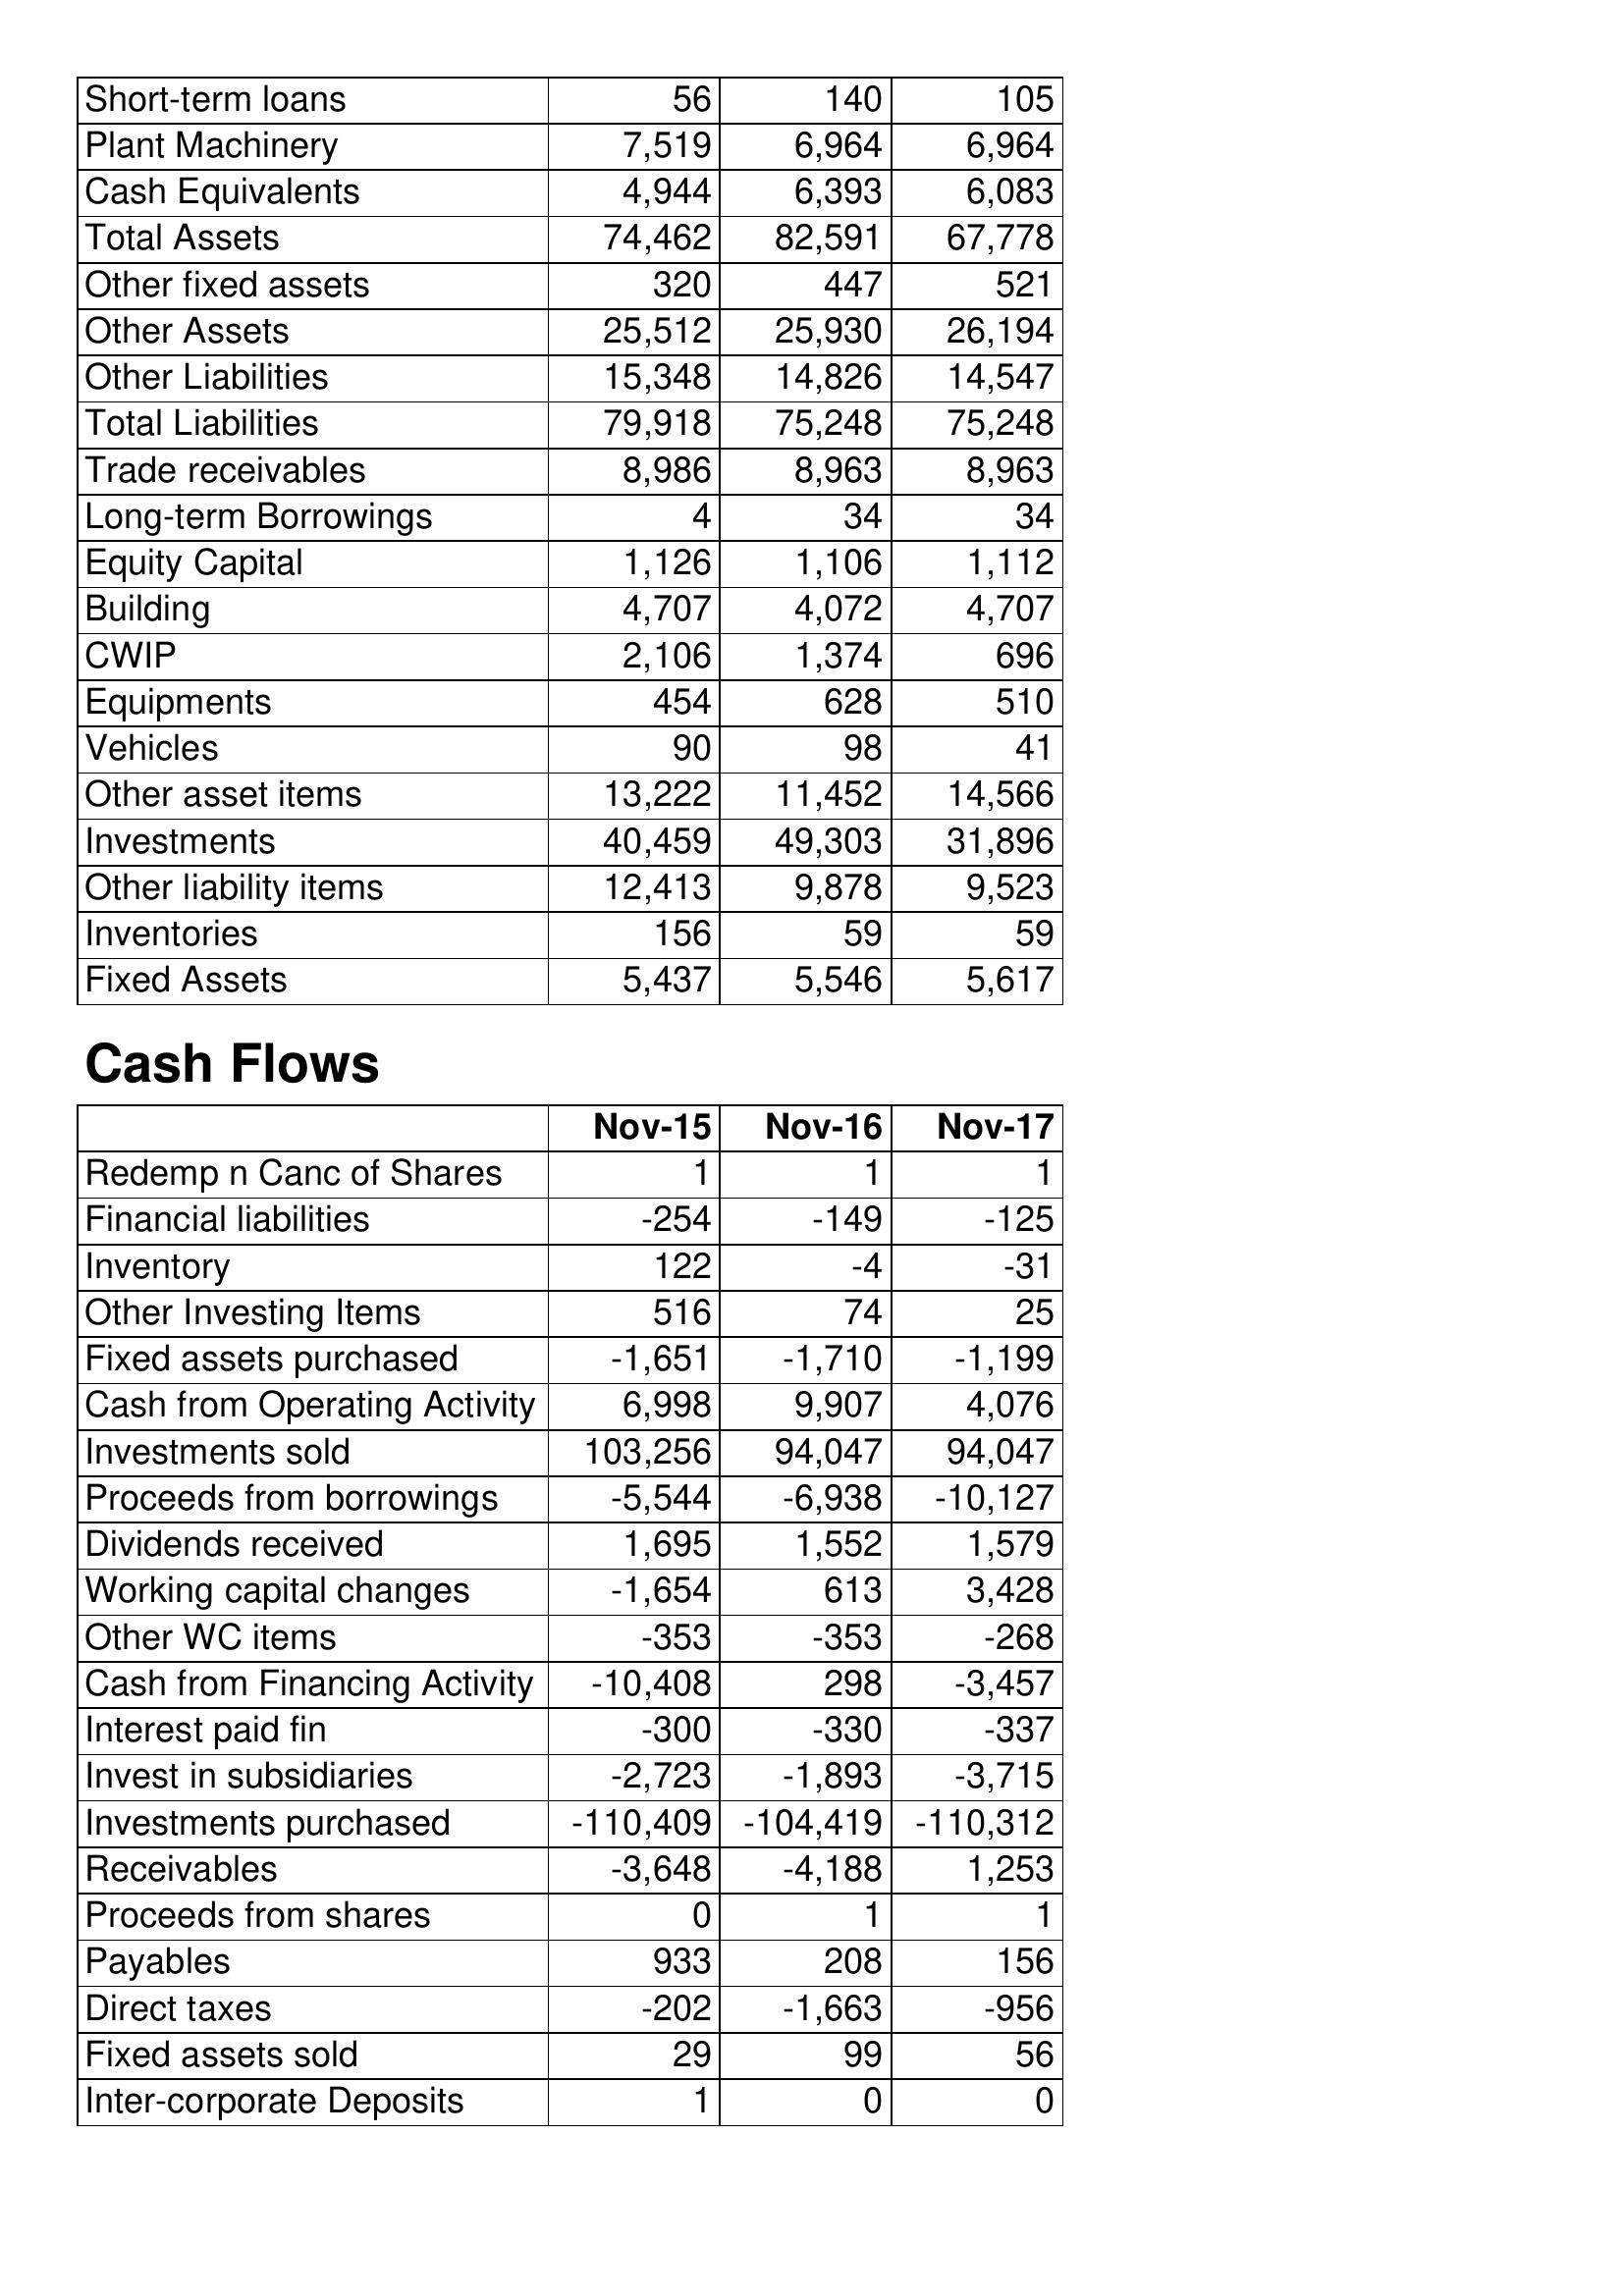
Nov-15: Balance Sheet: Short-term loans: 56
Plant Machinery: 7,519
Cash Equivalents: 4,944
Total Assets: 74,462
Other fixed assets: 320
Other Assets: 25,512
Other Liabilities: 15,348
Total Liabilities: 79,918
Trade receivables: 8,986
Long-term Borrowings: 4
Equity Capital: 1,126
Building: 4,707
CWIP: 2,106
Equipments: 454
Vehicles: 90
Other asset items: 13,222
Investments: 40,459
Other liability items: 12,413
Inventories: 156
Fixed Assets: 5,437
Cash Flows: Redemp n Canc of Shares: 1
Financial liabilities: -254
Inventory: 122
Other Investing Items: 516
Fixed assets purchased: -1,651
Cash from Operating Activity: 6,998
Investments sold: 103,256
Proceeds from borrowings: -5,544
Dividends received: 1,695
Working capital changes: -1,654
Other WC items: -353
Cash from Financing Activity: -10,408
Interest paid fin: -300
Invest in subsidiaries: -2,723
Investments purchased: -110,409
Receivables: -3,648
Proceeds from shares: 0
Payables: 933
Direct taxes: -202
Fixed assets sold: 29
Inter-corporate Deposits: 1
Nov-16: Balance Sheet: Short-term loans: 140
Plant Machinery: 6,964
Cash Equivalents: 6,393
Total Assets: 82,591
Other fixed assets: 447
Other Assets: 25,930
Other Liabilities: 14,826
Total Liabilities: 75,248
Trade receivables: 8,963
Long-term Borrowings: 34
Equity Capital: 1,106
Building: 4,072
CWIP: 1,374
Equipments: 628
Vehicles: 98
Other asset items: 11,452
Investments: 49,303
Other liability items: 9,878
Inventories: 59
Fixed Assets: 5,546
Cash Flows: Redemp n Canc of Shares: 1
Financial liabilities: -149
Inventory: -4
Other Investing Items: 74
Fixed assets purchased: -1,710
Cash from Operating Activity: 9,907
Investments sold: 94,047
Proceeds from borrowings: -6,938
Dividends received: 1,552
Working capital changes: 613
Other WC items: -353
Cash from Financing Activity: 298
Interest paid fin: -330
Invest in subsidiaries: -1,893
Investments purchased: -104,419
Receivables: -4,188
Proceeds from shares: 1
Payables: 208
Direct taxes: -1,663
Fixed assets sold: 99
Inter-corporate Deposits: 0
Nov-17: Balance Sheet: Short-term loans: 105
Plant Machinery: 6,964
Cash Equivalents: 6,083
Total Assets: 67,778
Other fixed assets: 521
Other Assets: 26,194
Other Liabilities: 14,547
Total Liabilities: 75,248
Trade receivables: 8,963
Long-term Borrowings: 34
Equity Capital: 1,112
Building: 4,707
CWIP: 696
Equipments: 510
Vehicles: 41
Other asset items: 14,566
Investments: 31,896
Other liability items: 9,523
Inventories: 59
Fixed Assets: 5,617
Cash Flows: Redemp n Canc of Shares: 1
Financial liabilities: -125
Inventory: -31
Other Investing Items: 25
Fixed assets purchased: -1,199
Cash from Operating Activity: 4,076
Investments sold: 94,047
Proceeds from borrowings: -10,127
Dividends received: 1,579
Working capital changes: 3,428
Other WC items: -268
Cash from Financing Activity: -3,457
Interest paid fin: -337
Invest in subsidiaries: -3,715
Investments purchased: -110,312
Receivables: 1,253
Proceeds from shares: 1
Payables: 156
Direct taxes: -956
Fixed assets sold: 56
Inter-corporate Deposits: 0